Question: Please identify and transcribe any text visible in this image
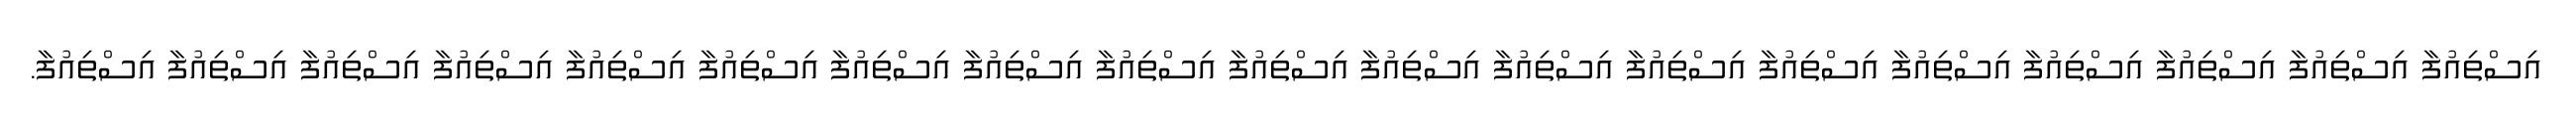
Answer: އިސްތިއުފާ އިސްތިއުފާ އިސްތިއުފާ އިސްތިއުފާ އިސްތިއުފާ އިސްތިއުފާ އިސްތިއުފާ އިސްތިއުފާ އިސްތިއުފާ އިސްތިއުފާ އިސްތިއުފާ އިސްތިއުފާ އިސްތިއުފާ އިސްތިއުފާ އިސްތިއުފާ އިސްތިއުފާ އިސްތިއުފާ އިސްތިއުފާ އިސްތިއުފާ.